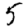
Digit: 5